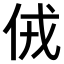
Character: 𠈋